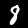
Digit: 8